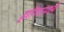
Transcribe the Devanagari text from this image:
हरीणामध्ये